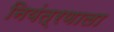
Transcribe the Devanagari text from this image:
नियंत्रणाला